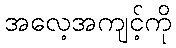
အလေ့အကျင့်ကို